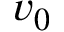
v _ { 0 }